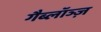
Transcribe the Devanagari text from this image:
गैब्लॉञ्ज़